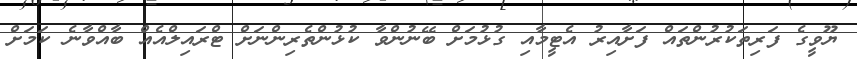
ޔޫވީގެ ފަރިތަކުރުންތައް ފަށާއިރު އެޓީމާއި ގުޅުމަށް ބޭނުންވާ ކުޅުންތެރިންނަށް ޓްރައިލްއެއް ބާއްވާނެ ކަމަށް